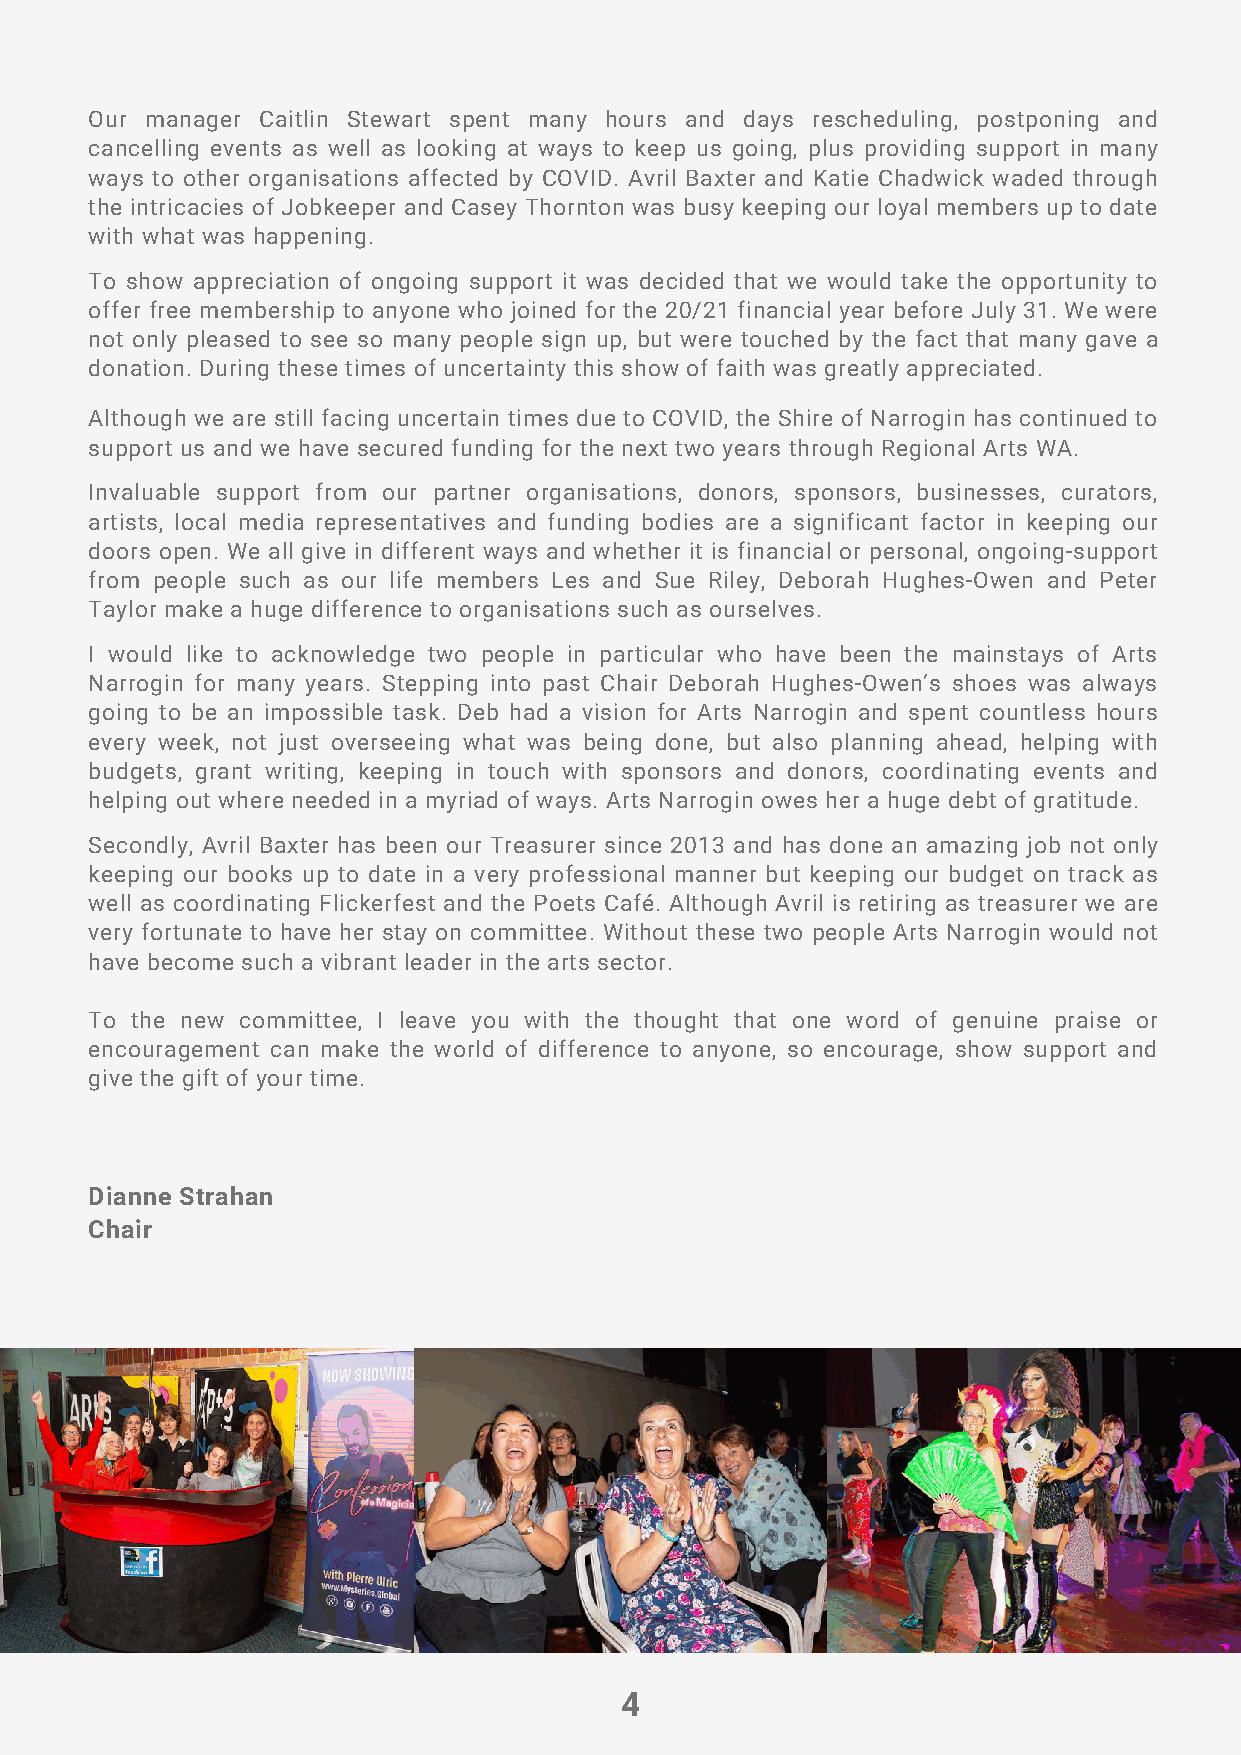
Our manager Caitlin Stewart spent many hours and days rescheduling, postponing and
 cancelling events as well as looking at ways to keep us going, plus providing support in many
 ways to other organisations affected by COVID. Avril Baxter and Katie Chadwick waded through
 the intricacies of Jobkeeper and Casey Thornton was busy keeping our loyal members up to date
 with what was happening.
 To show appreciation of ongoing support it was decided that we would take the opportunity to
 offer free membership to anyone who joined for the 20/21 financial year before July 31. We were
 not only pleased to see so many people sign up, but were touched by the fact that many gave a
 donation. During these times of uncertainty this show of faith was greatly appreciated.
 Although we are still facing uncertain times due to COVID, the Shire of Narrogin has continued to
 support us and we have secured funding for the next two years through Regional Arts WA.
 Invaluable support from our partner organisations, donors, sponsors, businesses, curators,
 artists, local media representatives and funding bodies are a significant factor in keeping our
 doors open. We all give in different ways and whether it is financial or personal, ongoing-support
 from people such as our life members Les and Sue Riley, Deborah Hughes-Owen and Peter
 Taylor make a huge difference to organisations such as ourselves.
 I would like to acknowledge two people in particular who have been the mainstays of Arts
 Narrogin for many years. Stepping into past Chair Deborah Hughes-Owen’s shoes was always
 going to be an impossible task. Deb had a vision for Arts Narrogin and spent countless hours
 every week, not just overseeing what was being done, but also planning ahead, helping with
 budgets, grant writing, keeping in touch with sponsors and donors, coordinating events and
 helping out where needed in a myriad of ways. Arts Narrogin owes her a huge debt of gratitude.
 Secondly, Avril Baxter has been our Treasurer since 2013 and has done an amazing job not only
 keeping our books up to date in a very professional manner but keeping our budget on track as
 well as coordinating Flickerfest and the Poets Café. Although Avril is retiring as treasurer we are
 very fortunate to have her stay on committee. Without these two people Arts Narrogin would not
 have become such a vibrant leader in the arts sector.
 To the new committee, I leave you with the thought that one word of genuine praise or
 encouragement can make the world of difference to anyone, so encourage, show support and
 give the gift of your time.
 Dianne Strahan
 Chair
 4